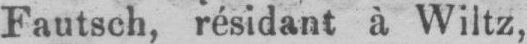
Fautsch, résidant à Wiltz,